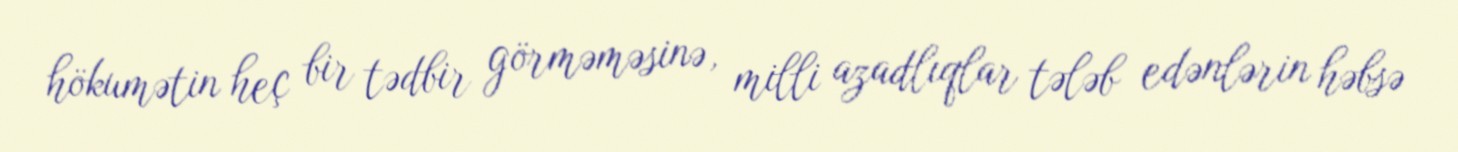
hökumətin heç bir tədbir görməməsinə, milli azadlıqlar tələb edənlərin həbsə